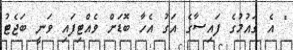
" އެ ގައުމުގެ ފައިސާގެ އަގު އެހާ ބޮޑަށް ވެއްޓިފައި ވަނީ ބަޖެޓު